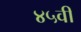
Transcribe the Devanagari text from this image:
४५वी